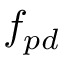
f _ { p d }